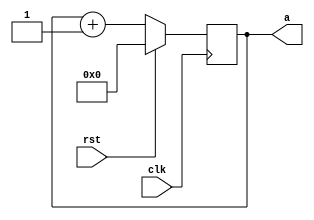
module my_4_bit_counter_behavioral(clk, rst,a);

input clk, rst;
output reg [3:0] a;

always @ (posedge clk)
begin
	if (rst)
		a <= 4'b0000;
	else
		a <= a + 1'b1;
end

endmodule